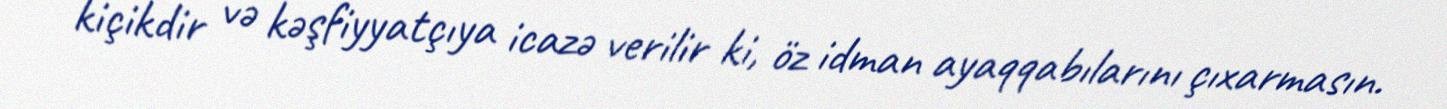
kiçikdir və kəşfiyyatçıya icazə verilir ki, öz idman ayaqqabılarını çıxarmasın.